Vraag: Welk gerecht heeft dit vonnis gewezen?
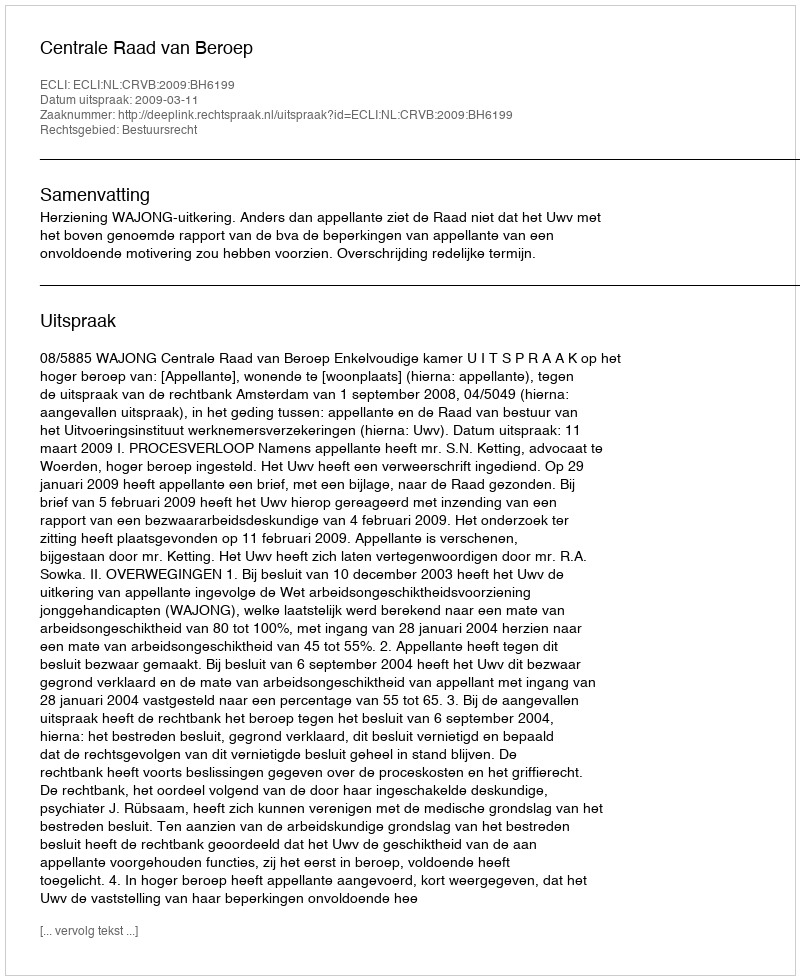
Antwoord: Centrale Raad van Beroep